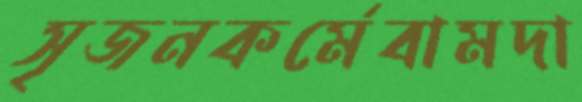
সৃজনকর্মেবামদা